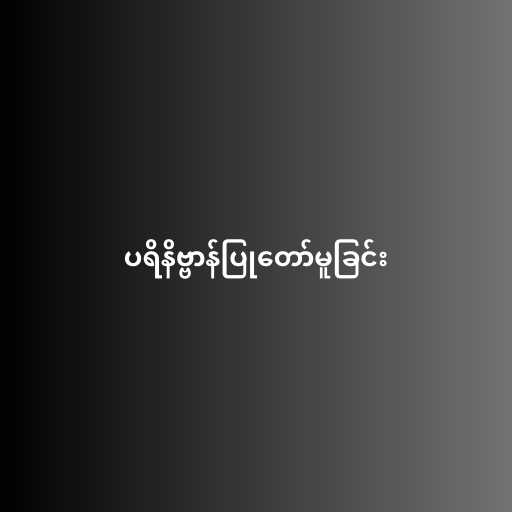
ပရိနိဗ္ဗာန်ပြုတော်မူခြင်း